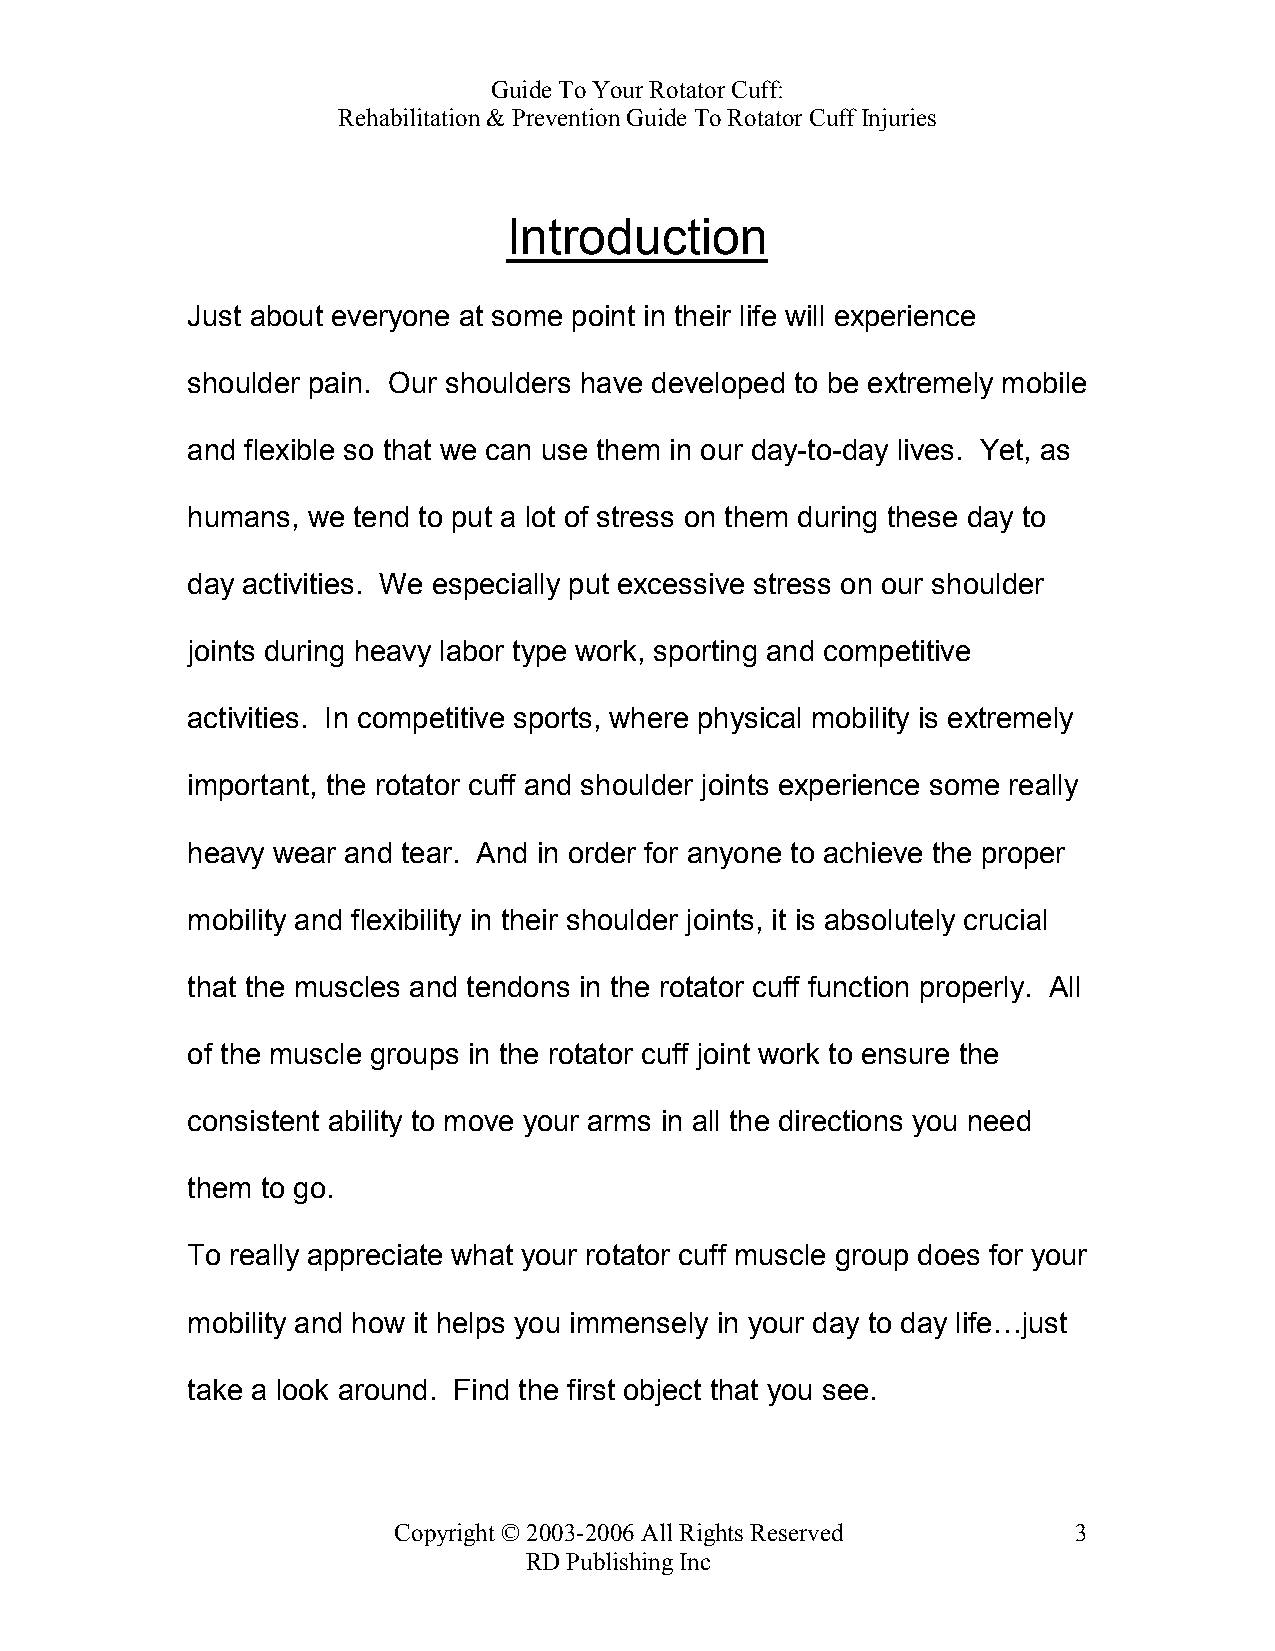
Guide To Your Rotator Cuff:
 Rehabilitation & Prevention Guide To Rotator Cuff Injuries
 Introduction
 Just about everyone at some point in their life will experience
 shoulder pain. Our shoulders have developed to be extremely mobile
 and flexible so that we can use them in our day-to-day lives. Yet, as
 humans, we tend to put a lot of stress on them during these day to
 day activities. We especially put excessive stress on our shoulder
 joints during heavy labor type work, sporting and competitive
 activities. In competitive sports, where physical mobility is extremely
 important, the rotator cuff and shoulder joints experience some really
 heavy wear and tear. And in order for anyone to achieve the proper
 mobility and flexibility in their shoulder joints, it is absolutely crucial
 that the muscles and tendons in the rotator cuff function properly. All
 of the muscle groups in the rotator cuff joint work to ensure the
 consistent ability to move your arms in all the directions you need
 them to go.
 To really appreciate what your rotator cuff muscle group does for your
 mobility and how it helps you immensely in your day to day life…just
 take a look around. Find the first object that you see.
 Copyright © 2003-2006 All Rights Reserved    3
 RD Publishing Inc